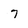
Character: 7